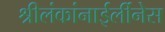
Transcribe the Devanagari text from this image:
श्रीलंकांनाईर्लीनेस